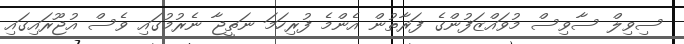
ސިވިލް ސާވިސް މުވައްޒަފުންގެ ފަރާތުން އެންމެ ފުރިހަމަ ނަތީޖާ ނެރުމުގައި ވެސް އުޖޫރައިގައި